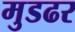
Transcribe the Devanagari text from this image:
मुडढर